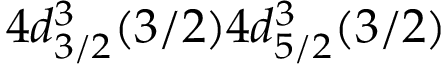
4 d _ { 3 / 2 } ^ { 3 } ( 3 / 2 ) 4 d _ { 5 / 2 } ^ { 3 } ( 3 / 2 )